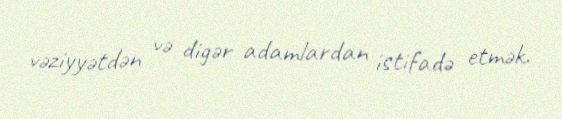
vəziyyətdən və digər adamlardan istifadə etmək.